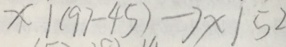
x \vert ( 9 7 - 4 5 ) \rightarrow x \vert 5 2